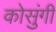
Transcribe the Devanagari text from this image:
कोसुंगी